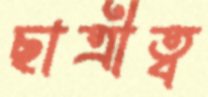
ছাত্রীত্ব